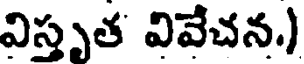
విస్తృత వివేచన.)